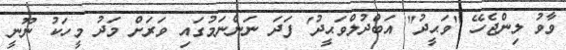
ވާވު ލިންޖެހޭ "ވަޙީދު" އަބްދުލްވަޙީދު' ފަދަ ނަންނަމުގައި ވަރަށް މަދު މީހަކު ނޫނީ